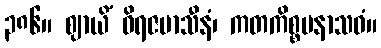
၃၈၆။ ဈာယိံ ဝိရဇမာသီနံ၊ ကတကိစ္စမနာသဝံ။